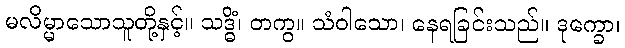
မလိမ္မာသောသူတို့နှင့်။ သဒ္ဓိံ၊ တကွ။ သံဝါသော၊ နေရခြင်းသည်။ ဒုက္ခော၊